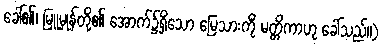
ခေါ်၏၊ မြူမှုန်တို့၏ အောက်၌ရှိသော မြေသားကို မတ္တိကာဟု ခေါ်သည်။)